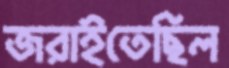
জরাইতেছিল